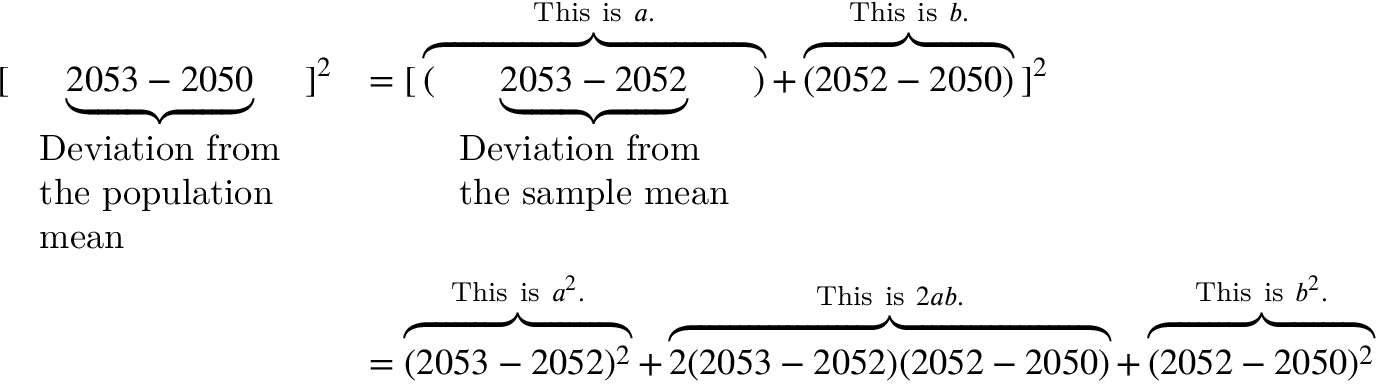
{ \begin{array} { r l } { { [ } \, \underbrace { 2 0 5 3 - 2 0 5 0 } _ { \begin{array} { l } { { \mathrm { D e v i a t i o n ~ f r o m } } } \\ { { \mathrm { t h e ~ p o p u l a t i o n } } } \\ { { \mathrm { m e a n } } } \end{array} } \, ] ^ { 2 } } & { = [ \, \overbrace { ( \, \underbrace { 2 0 5 3 - 2 0 5 2 } _ { \begin{array} { l } { { \mathrm { D e v i a t i o n ~ f r o m } } } \\ { { \mathrm { t h e ~ s a m p l e ~ m e a n } } } \end{array} } \, ) } ^ { { \mathrm { T h i s ~ i s ~ } } a . } + \overbrace { ( 2 0 5 2 - 2 0 5 0 ) } ^ { { \mathrm { T h i s ~ i s ~ } } b . } \, ] ^ { 2 } } \\ & { = \overbrace { ( 2 0 5 3 - 2 0 5 2 ) ^ { 2 } } ^ { { \mathrm { T h i s ~ i s ~ } } a ^ { 2 } . } + \overbrace { 2 ( 2 0 5 3 - 2 0 5 2 ) ( 2 0 5 2 - 2 0 5 0 ) } ^ { { \mathrm { T h i s ~ i s ~ } } 2 a b . } + \overbrace { ( 2 0 5 2 - 2 0 5 0 ) ^ { 2 } } ^ { { \mathrm { T h i s ~ i s ~ } } b ^ { 2 } . } } \end{array} }